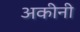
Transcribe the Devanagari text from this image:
अकीनी